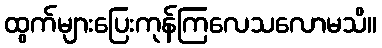
ထွက်များပြေးကုန်ကြလေသလောမသိ။